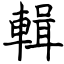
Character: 輯